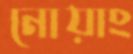
নোয়াং